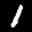
Label: 1